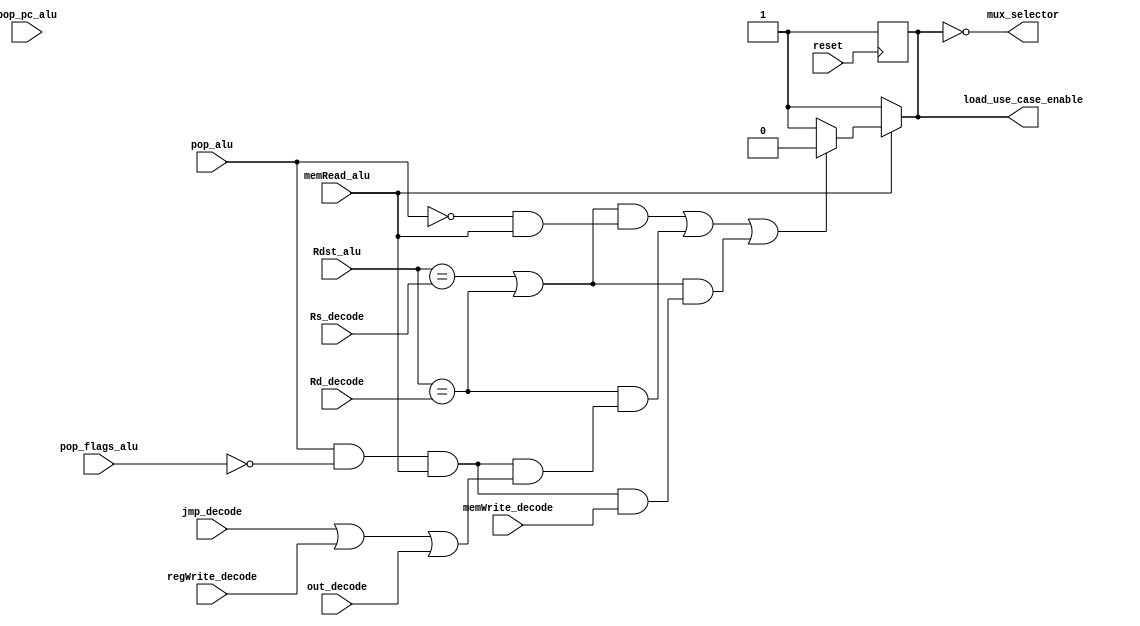
module HDU(
    input reset,
    input [2:0]Rs_decode,
    input [2:0]Rd_decode,
    input [2:0]Rdst_alu,
    input pop_flags_alu,
    input pop_pc_alu,
    input pop_alu,
    input memRead_alu,
    input jmp_decode,
    input memWrite_decode,
    input regWrite_decode,
    input out_decode,
    
    output reg load_use_case_enable,
    output mux_selector
);
always@(*)
begin 
    if(memRead_alu)
    begin
        load_use_case_enable =  ((Rdst_alu == Rs_decode || Rdst_alu == Rd_decode) && (!pop_alu && memRead_alu)) | // Load use case
                                ((Rdst_alu == Rd_decode) && pop_alu & !pop_flags_alu & memRead_alu & (jmp_decode | regWrite_decode | out_decode))| // Pop JMP | Pop ALU | Pop OUT case
                                ((Rdst_alu == Rs_decode || Rdst_alu == Rd_decode) && pop_alu & !pop_flags_alu & memRead_alu & memWrite_decode)? 0: 1; // POP STD case     
    end
    else begin 
        load_use_case_enable = 1;
    end
end
assign mux_selector = ~load_use_case_enable;
always@(posedge reset) begin
    load_use_case_enable = 1; 
end
endmodule